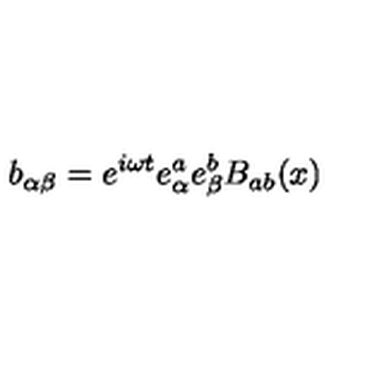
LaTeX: b _ { \alpha \beta } = e ^ { i \omega t } e _ { \alpha } ^ { a } e _ { \beta } ^ { b } B _ { a b } ( x )